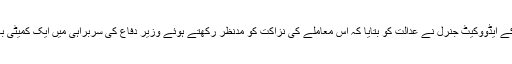
اس موقع پر بلوچستان کے ایڈووکیٹ جنرل نے عدالت کو بتایا کہ اس معاملے کی نزاکت کو مدنظر رکھتے ہوئے وزیر دفاع کی سربراہی میں ایک کمیٹی بھی تشکیل دی گئی ہے۔